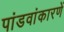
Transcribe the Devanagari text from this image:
पांडवांकारणें